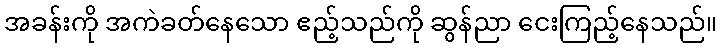
အခန်းကို အကဲခတ်နေသော ဧည့်သည်ကို ဆွန်ညာ ငေးကြည့်နေသည်။